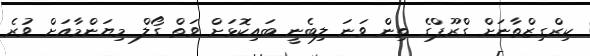
ކިރްގިޒްތާނަށް ގްރޫޕްގެ ތިން ވަނަ ލިބެނީ ބައިކޮޅަށް ވަތް ގޯލް މިޔަންމާއަށް ވުރެ